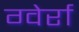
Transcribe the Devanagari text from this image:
ग्वेर्रा